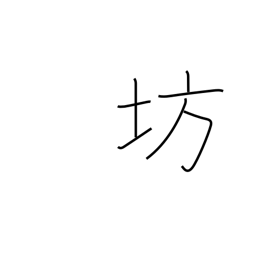
Meaning: boy